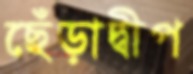
ছেঁড়াদ্বীপ